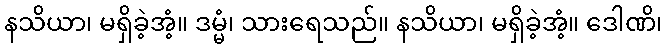
နသိယာ၊ မရှိခဲ့အံ့။ ဒမ္မံ၊ သားရေသည်။ နသိယာ၊ မရှိခဲ့အံ့။ ဒေါဏိ၊